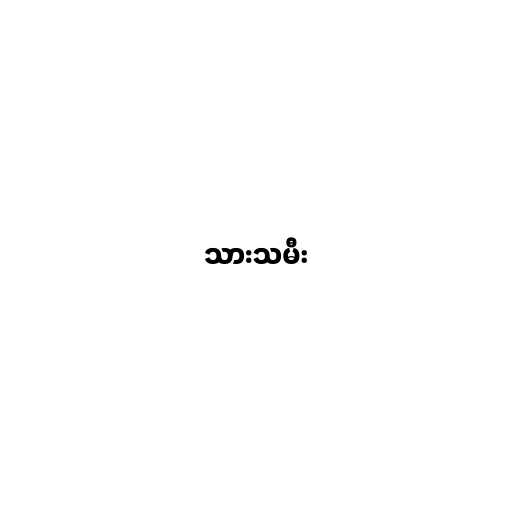
သားသမီး